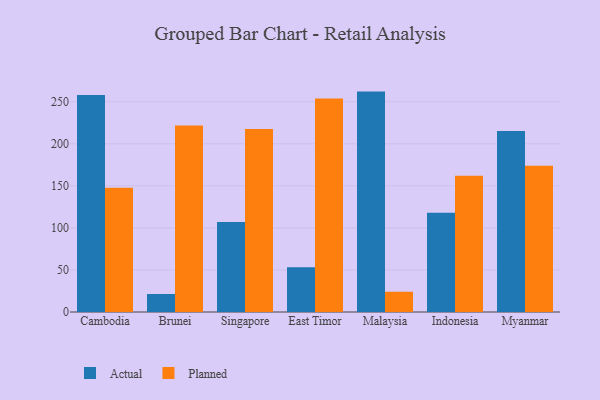
{"axis": {"x": "Country", "y": "Customer Acquisition Cost (USD)"}, "legend": ["Actual", "Planned"], "data": [{"x": "Cambodia", "y": 257.9, "type": "Actual"}, {"x": "Cambodia", "y": 147.6, "type": "Planned"}, {"x": "Brunei", "y": 21.4, "type": "Actual"}, {"x": "Brunei", "y": 221.7, "type": "Planned"}, {"x": "Singapore", "y": 107.0, "type": "Actual"}, {"x": "Singapore", "y": 217.4, "type": "Planned"}, {"x": "East Timor", "y": 53.2, "type": "Actual"}, {"x": "East Timor", "y": 253.9, "type": "Planned"}, {"x": "Malaysia", "y": 262.0, "type": "Actual"}, {"x": "Malaysia", "y": 24.1, "type": "Planned"}, {"x": "Indonesia", "y": 118.1, "type": "Actual"}, {"x": "Indonesia", "y": 162.1, "type": "Planned"}, {"x": "Myanmar", "y": 215.1, "type": "Actual"}, {"x": "Myanmar", "y": 174.0, "type": "Planned"}]}